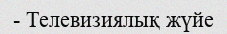
- Телевизиялық жүйе